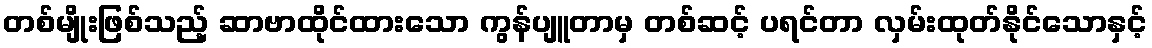
တစ်မျိုးဖြစ်သည့် ဆာဗာထိုင်ထားသော ကွန်ပျူတာမှ တစ်ဆင့် ပရင်တာ လှမ်းထုတ်နိုင်သောနှင့်